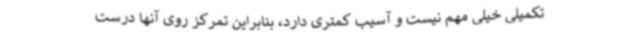
تکمیلی خیلی مهم نیست و آسیب کمتری دارد، بنابراین تمرکز روی آنها درست